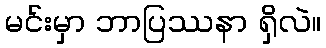
မင်းမှာ ဘာပြဿနာ ရှိလဲ။